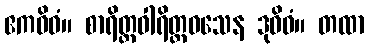
ဧကဝိဓံ။ စာရိတ္တဝါရိတ္တဝသေန ဒုဝိဓံ။ တထာ